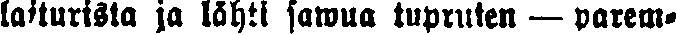
laiturisla ja lähti sawua tupruten — parem-